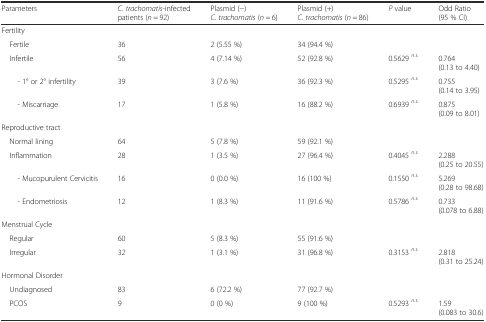
<table><thead><tr><td><b>Parameters</b></td><td><b><i>C. trachomatis-</i>infected patients (<i>n</i> = 92)</b></td><td><b>Plasmid (−) <i>C. trachomatis</i> (<i>n</i> = 6)</b></td><td><b>Plasmid (+) <i>C. trachomatis</i> (<i>n</i> = 86)</b></td><td><b><i>P</i> value</b></td><td><b>Odd Ratio (95 % CI)</b></td></tr></thead><tbody><tr><td colspan="6">Fertility</td></tr><tr><td> Fertile</td><td>36</td><td>2 (5.55 %)</td><td>34 (94.4 %)</td><td></td><td></td></tr><tr><td> Infertile</td><td>56</td><td>4 (7.14 %)</td><td>52 (92.8 %)</td><td>0.5629 <sup><i>n.s.</i></sup></td><td>0.764 (0.13 to 4.40)</td></tr><tr><td>- 1° or 2° infertility</td><td>39</td><td>3 (7.6 %)</td><td>36 (92.3 %)</td><td>0.5295 <sup><i>n.s.</i></sup></td><td>0.755 (0.14 to 3.95)</td></tr><tr><td>- Miscarriage</td><td>17</td><td>1 (5.8 %)</td><td>16 (88.2 %)</td><td>0.6939 <sup><i>n.s.</i></sup></td><td>0.875 (0.09 to 8.01)</td></tr><tr><td colspan="6">Reproductive tract</td></tr><tr><td> Normal lining</td><td>64</td><td>5 (7.8 %)</td><td>59 (92.1 %)</td><td></td><td></td></tr><tr><td> Inflammation</td><td>28</td><td>1 (3.5 %)</td><td>27 (96.4 %)</td><td>0.4045 <sup><i>n.s.</i></sup></td><td>2.288 (0.25 to 20.55)</td></tr><tr><td>- Mucopurulent Cervicitis</td><td>16</td><td>0 (0.0 %)</td><td>16 (100 %)</td><td>0.1550 <sup><i>n.s.</i></sup></td><td>5.269 (0.28 to 98.68)</td></tr><tr><td>- Endometriosis</td><td>12</td><td>1 (8.3 %)</td><td>11 (91.6 %)</td><td>0.5786 <sup><i>n.s.</i></sup></td><td>0.733 (0.078 to 6.88)</td></tr><tr><td colspan="6">Menstrual Cycle</td></tr><tr><td> Regular</td><td>60</td><td>5 (8.3 %)</td><td>55 (91.6 %)</td><td></td><td></td></tr><tr><td> Irregular</td><td>32</td><td>1 (3.1 %)</td><td>31 (96.8 %)</td><td>0.3153 <sup><i>n.s.</i></sup></td><td>2.818 (0.31 to 25.24)</td></tr><tr><td colspan="6">Hormonal Disorder</td></tr><tr><td> Undiagnosed</td><td>83</td><td>6 (72.2 %)</td><td>77 (92.7 %)</td><td></td><td></td></tr><tr><td> PCOS</td><td>9</td><td>0 (0 %)</td><td>9 (100 %)</td><td>0.5293 <sup><i>n.s.</i></sup></td><td>1.59 (0.083 to 30.6)</td></tr></tbody></table>